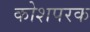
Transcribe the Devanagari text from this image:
कोशपरक